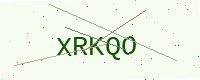
Text: XRKQO